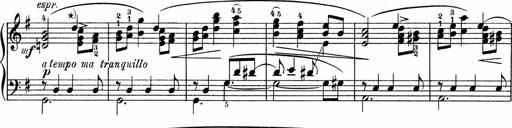
Title: 3 Sonatinen fÃ¼r Pianoforte
Composer: Fritz von Bose